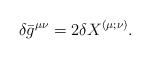
LaTeX: \begin{align*}{}\delta \bar{g}^{\mu \nu} = 2 {\delta X}^{(\mu;\nu)}.\end{align*}